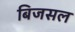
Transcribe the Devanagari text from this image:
बिजसल